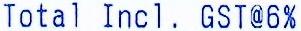
TOTAL INCL . GST@6%